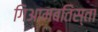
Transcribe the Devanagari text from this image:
गिआमबतिस्ता